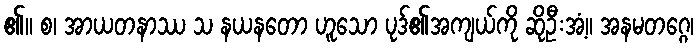
၏။ စ၊ အာယတနာဿ သ နယနတော ဟူသော ပုဒ်၏အကျယ်ကို ဆိုဦးအံ့။ အနမတဂ္ဂေ၊